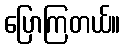
ပြောကြတယ်။